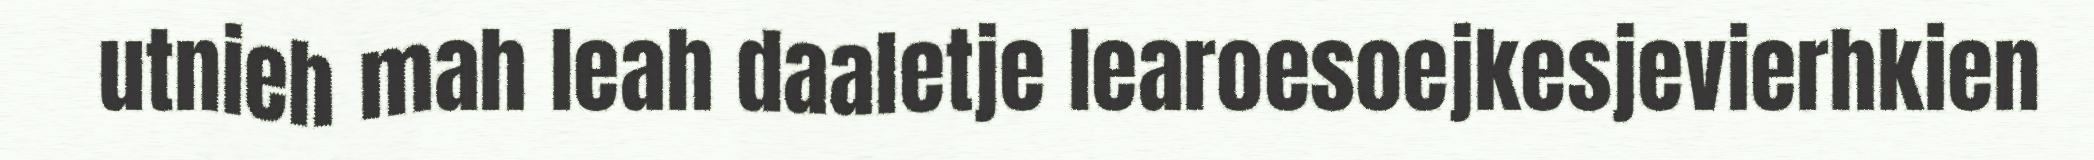
utnieh mah leah daaletje learoesoejkesjevierhkien